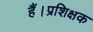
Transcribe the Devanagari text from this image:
हैं।प्रशिक्षक